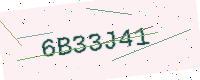
Text: 6B33J41